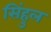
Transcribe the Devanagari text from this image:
सिंहुल